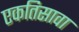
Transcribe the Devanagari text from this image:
एकतिसावा